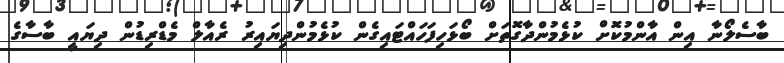
ބާސެލޯނާ އިން އާންމުކޮށް ކުޅެމުންދާގޮތަށް ބޯޅަހިފަހައްޓައިގެން ކުޅެމުންދިޔައިރު ރެއާލް މެޑްރިޑުން ދިޔައީ ބާސާގެ